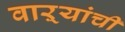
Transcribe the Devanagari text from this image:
वाऱ्यांची